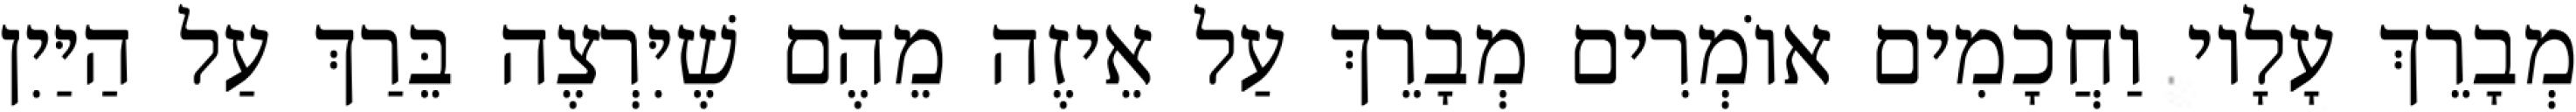
מְבָרֵךְ עָלָיו וַחֲכָמִים אוֹמְרִים מְבָרֵךְ עַל אֵיזֶה מֵהֶם שֶׁיִּרְצֶה בֵּרַךְ עַל הַיַּיִן